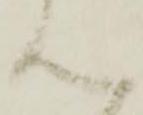
ん